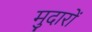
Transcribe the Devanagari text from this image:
मुदारों